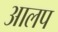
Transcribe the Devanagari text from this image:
आलप